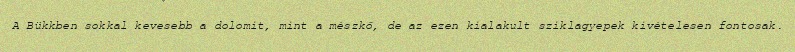
A Bükkben sokkal kevesebb a dolomit, mint a mészkő, de az ezen kialakult sziklagyepek kivételesen fontosak.